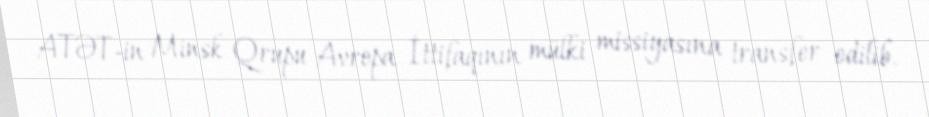
ATƏT-in Minsk Qrupu Avropa İttifaqının mülki missiyasına transfer edilib.